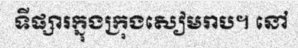
ទីផ្សារក្នុងក្រុងសៀមរាប។ នៅ